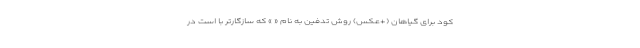
کود برای گیاهان (+عکس) روش تدفین به نام « » که سازگارتر با است در